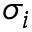
\sigma _ { i }